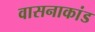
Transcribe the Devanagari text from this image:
वासनाकांड